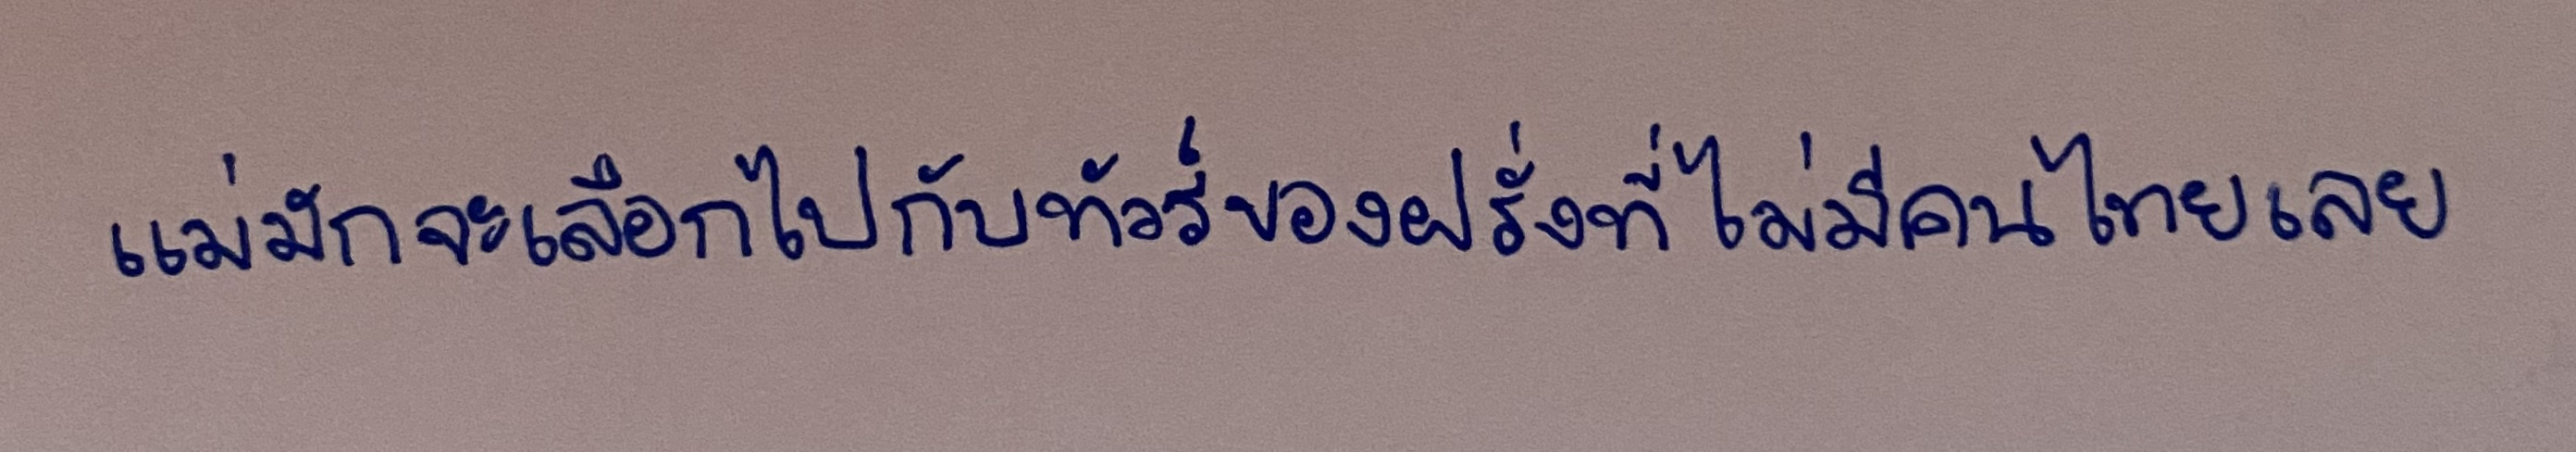
แม่มักจะเลือกไปกับทัวร์ของฝรั่งที่ไม่มีคนไทยเลย